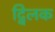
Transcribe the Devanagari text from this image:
द्विलक